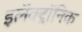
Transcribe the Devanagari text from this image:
इलॅक्ट्रॉनिक